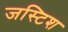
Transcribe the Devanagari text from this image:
जस्टिश